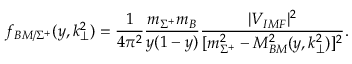
f _ { B M / \Sigma ^ { + } } ( y , k _ { \perp } ^ { 2 } ) = \frac { 1 } { 4 \pi ^ { 2 } } \frac { m _ { \Sigma ^ { + } } m _ { B } } { y ( 1 - y ) } \frac { \vert V _ { I M F } \vert ^ { 2 } } { [ m _ { \Sigma ^ { + } } ^ { 2 } - M _ { B M } ^ { 2 } ( y , k _ { \perp } ^ { 2 } ) ] ^ { 2 } } .